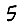
Digit: 5